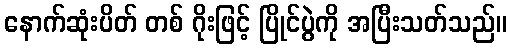
နောက်ဆုံးပိတ် တစ် ဂိုးဖြင့် ပြိုင်ပွဲကို အပြီးသတ်သည်။